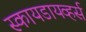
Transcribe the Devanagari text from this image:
स्कायडायव्हर्स